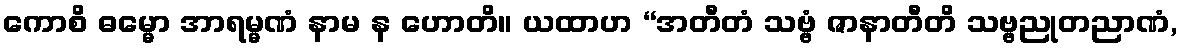
ကောစိ ဓမ္မော အာရမ္မဏံ နာမ န ဟောတိ။ ယထာဟ “အတီတံ သဗ္ဗံ ဇာနာတီတိ သဗ္ဗညုတညာဏံ,